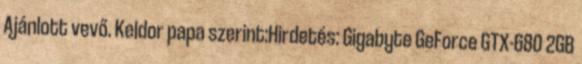
Ajánlott vevő. Keldor papa szerint:Hirdetés: Gigabyte GeForce GTX-680 2GB